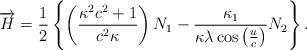
LaTeX: \begin{align*}\overrightarrow{H}=\frac{1}{2}\left \{ \left( \frac{\kappa ^{2}c^{2}+1}{c^{2}\kappa }\right) N_{1}-\frac{\kappa _{1}}{\kappa \lambda \cos \left( \frac{u}{c}\right) }N_{2}\right \} . \end{align*}